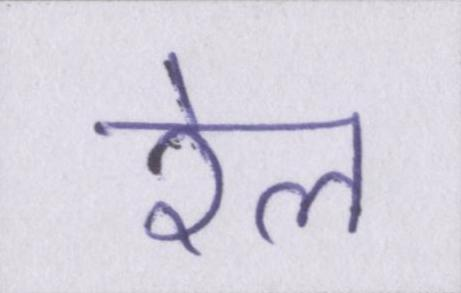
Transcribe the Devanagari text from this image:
रेल